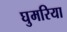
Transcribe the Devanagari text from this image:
घुमरिया